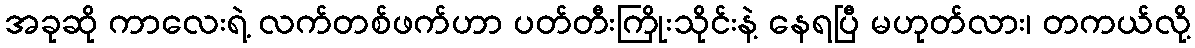
အခုဆို ကာလေးရဲ့ လက်တစ်ဖက်ဟာ ပတ်တီးကြိုးသိုင်းနဲ့ နေရပြီ မဟုတ်လား၊ တကယ်လို့